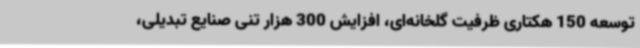
توسعه 150 هکتاری ظرفیت گلخانه‌ای، افزایش 300 هزار تنی صنایع تبدیلی،